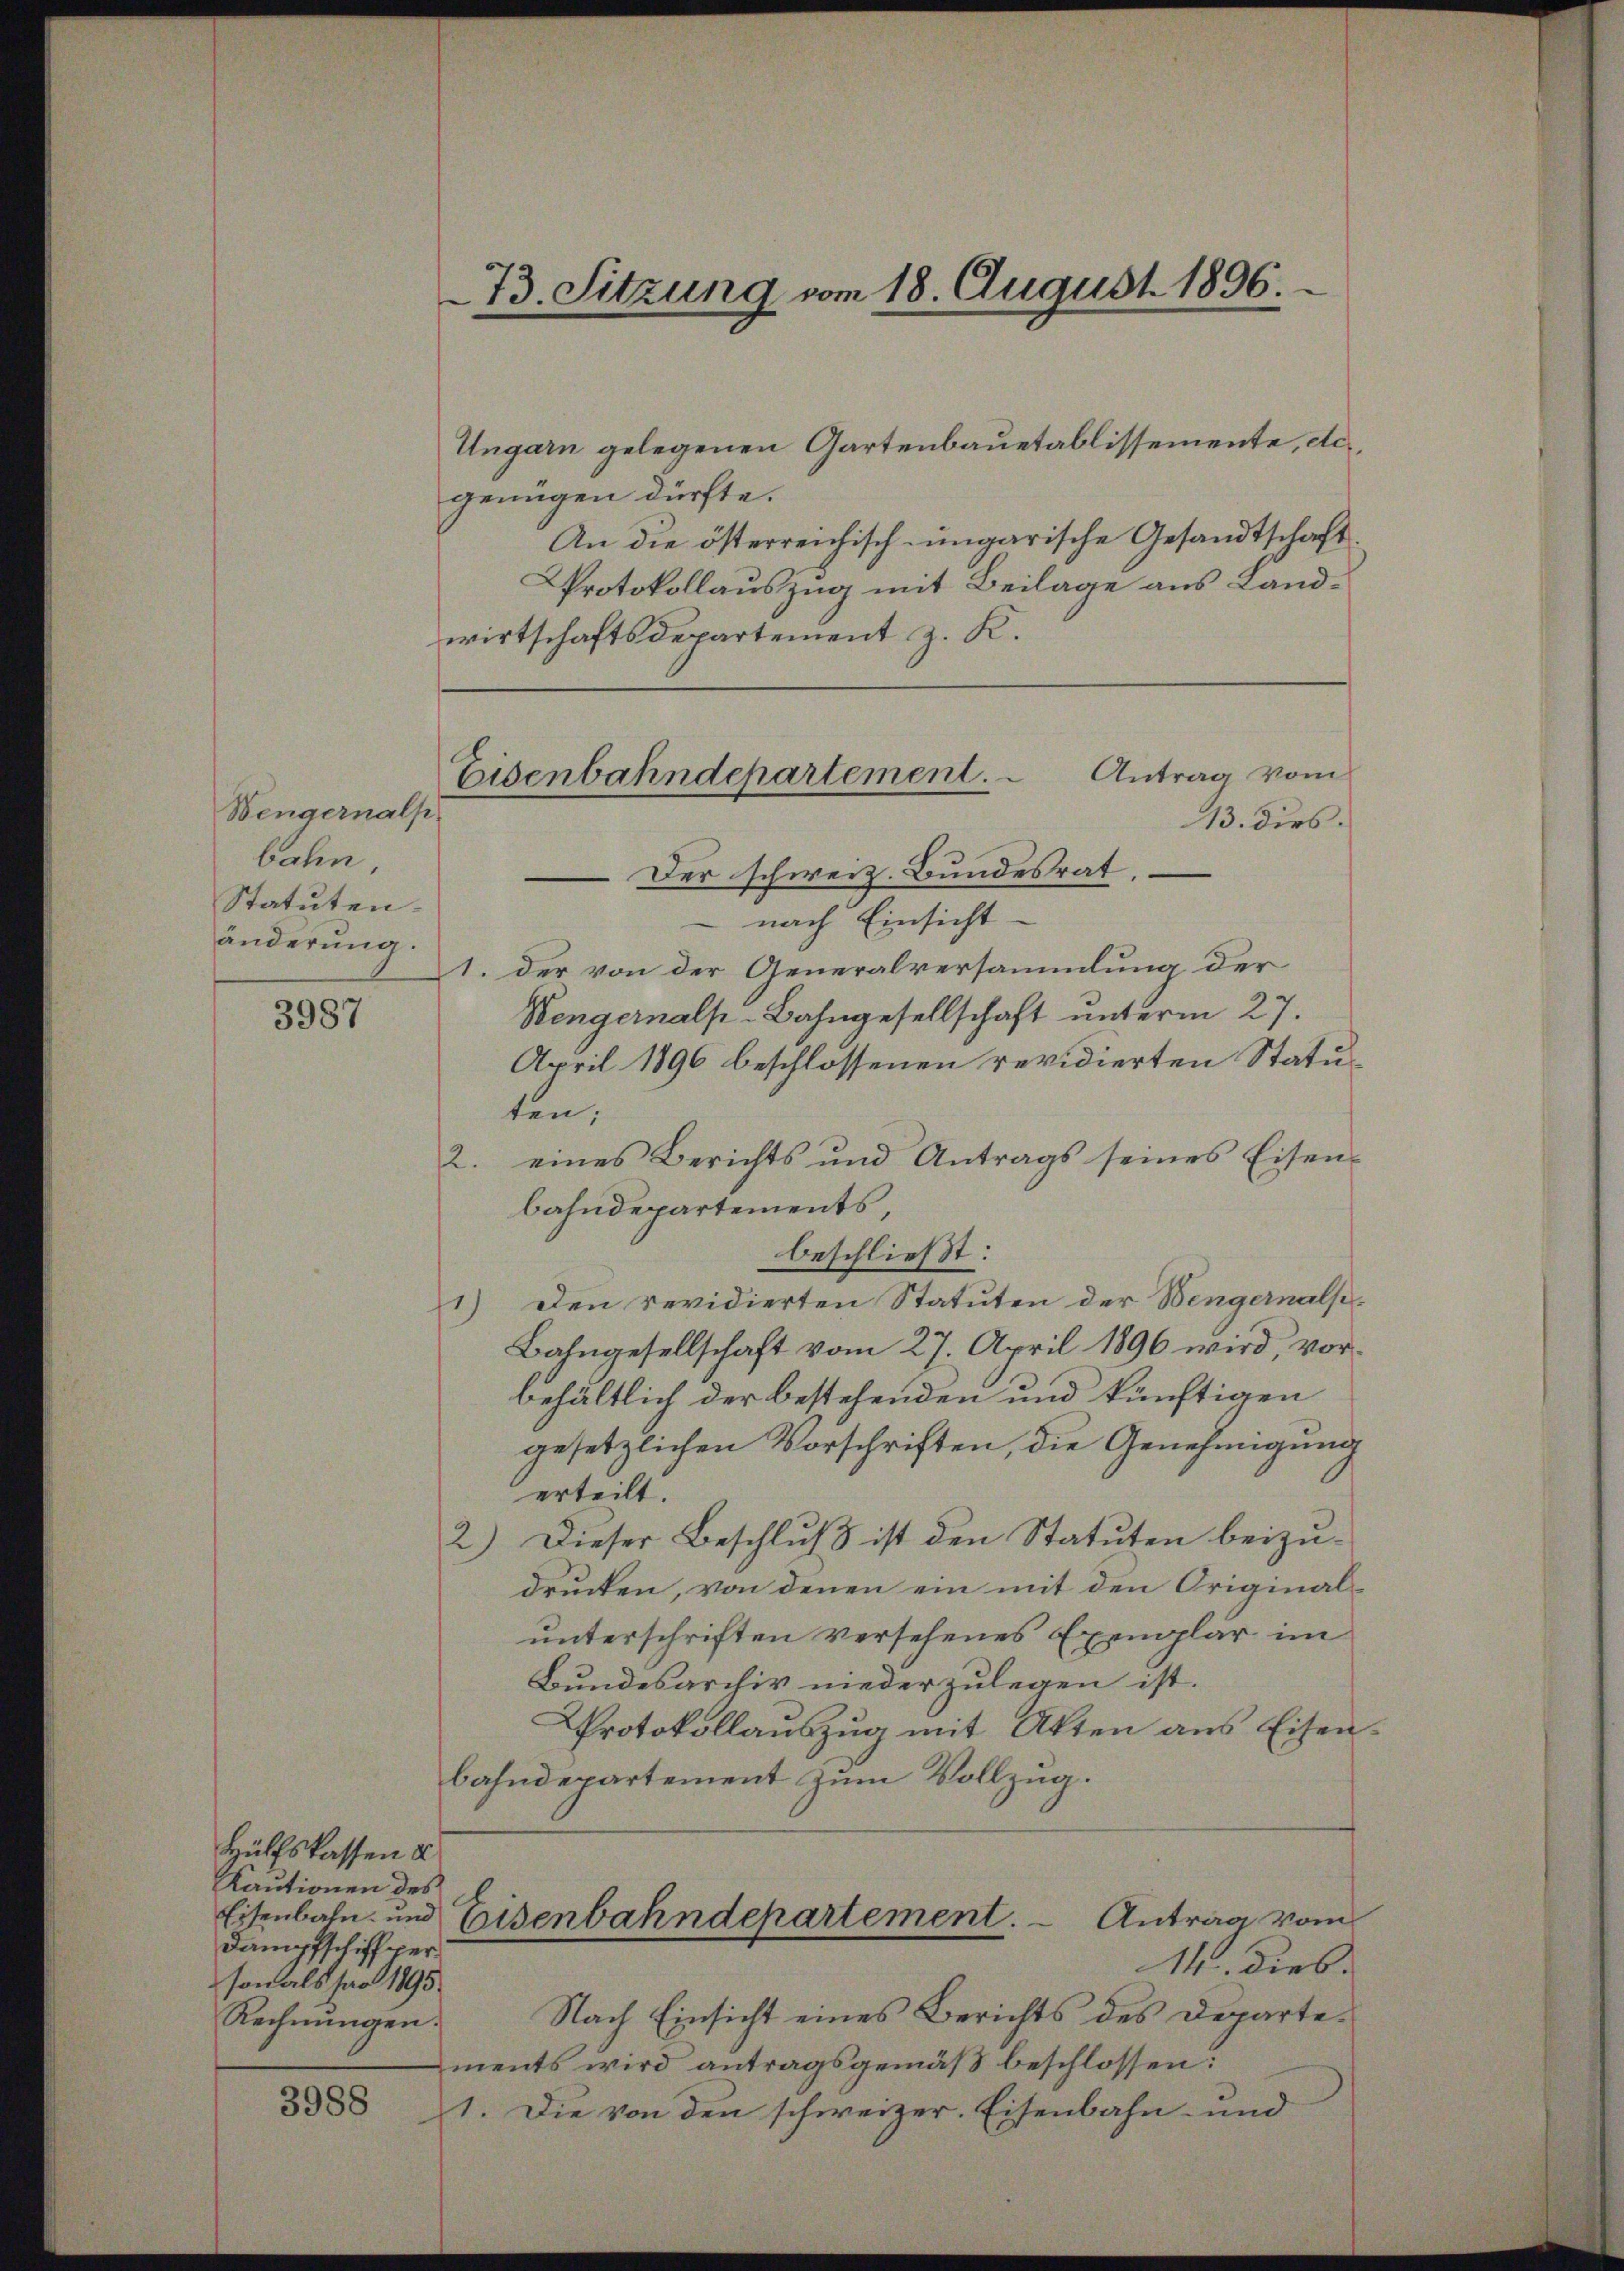
3987

Hülfskassen u
Kautionen des
Dampfschiff per
son als par 1895.
Rechnŭngen.

3988

Wengernals
bahn,
Statuten.
änderung.

73. Sitzung vom 18. August 1896.

Eisenbahndepartement.

Ungarn gelegenen Gartenbauetablissemente, etc.
genügen dürfte.
An die österreichisch-ungarische Gesandtschaft
Protokollauszug mit Beilage aus Landwirtschaftsdepartement z. K.
Antrag vom
13. dies
Der schweiz. Bundesrat.
 nach Einsicht
1. der von der Generalversammlung der
Wengernals-Bahngesellschaft unterm 27.
April 1896 beschlossenen revidierten Statuten;
eines Berichts und Antrags seines Eisen-
12.
bahndepartements,
beschließt:
1) Den revidierten Statuten der Wengernals-
Bahngesellschaft vom 27. April 1896 wird, vorbehältlich der bestehenden und künftigen
gesetzlichen Vorschriften, die Genehmigung
erteilt.
2) Dieser Beschluß ist den Statuten beizudrucken, von denen ein mit den Originalunterschriften versehenes Exemplar im
Bundesarchiv niederzulegen ist.
Protokollaŭszŭg mit Akten ans Eisen
bahndepartement zum Vollzug.
Eisenbahn und Eisenbahndepartement. - Antrag vom
14. Dies
Nach Einsicht eines Berichts des Departements wird antragsgemäß beschlossen:
1. Die von den schweizer. Eisenbahn- und